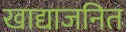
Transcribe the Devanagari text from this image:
खाद्याजनित